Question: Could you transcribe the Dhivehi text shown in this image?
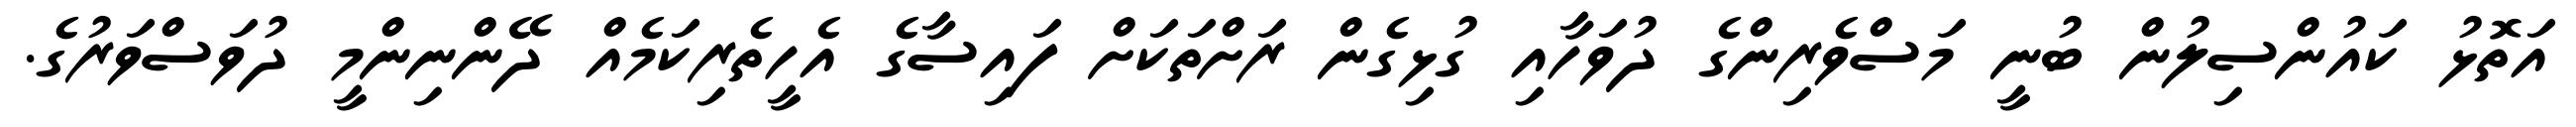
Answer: އަތޮޅު ކައުންސިލުން ބުނީ މަސްވެރިންގެ ދުވަހާއި ގުޅިގެން ރަށްތަކަށް ފައިސާގެ އެހީތެރިކަމެއް ދޭންނިންމީ ދުވަސްވަރުގެ.